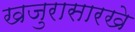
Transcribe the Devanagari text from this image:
खजुरासारखे